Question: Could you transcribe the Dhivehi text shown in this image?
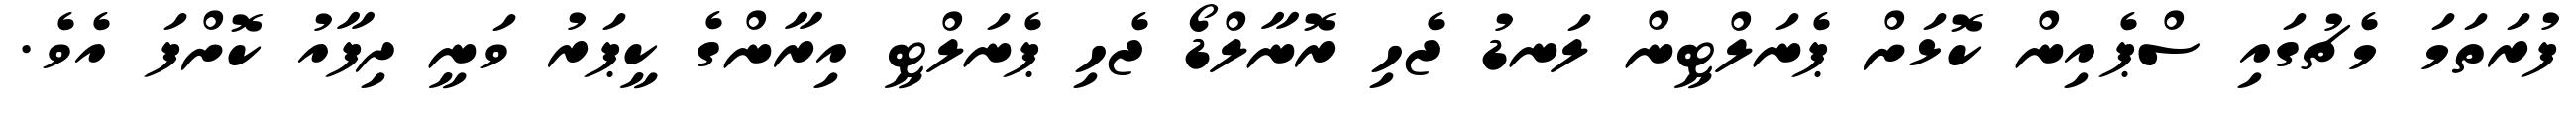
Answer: ފުރަތަމަ މެޗުގައި ސްޕެއިން ކޮޅަށް ޕެނަލްޓީން ލަނޑު ޖެހި ރޮނާލްޑޯ ޖެހި ޕެނަލްޓީ އިރާންގެ ކީޕަރު ވަނީ ދިފާއު ކޮށްފަ އެވެ.